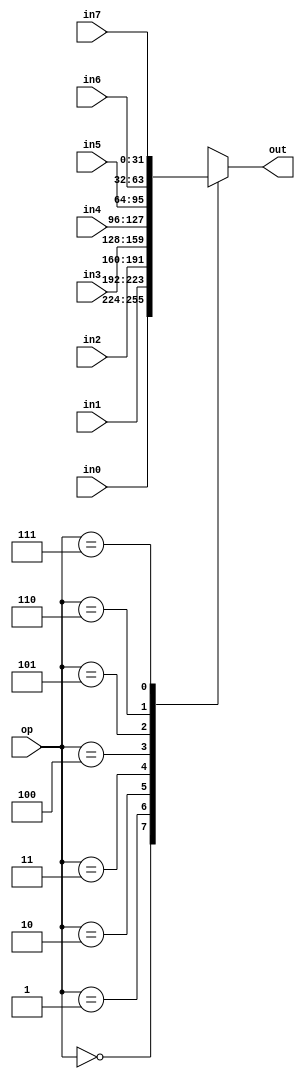
`timescale 1ns / 1ps
//////////////////////////////////////////////////////////////////////////////////
// Company: 
// Engineer: 
// 
// Design Name: 
// Module Name:    mux 
// Project Name: 
// Target Devices: 
// Tool versions: 
// Description: 
//
// Dependencies: 
//
// Revision: 
// Revision 0.01 - File Created
// Additional Comments: 
//
//////////////////////////////////////////////////////////////////////////////////
module mux3op(in0,in1,in2,in3,in4,in5,in6,in7,op,out
    );
input [31:0] in0,in1,in2,in3,in4,in5,in6,in7;
input [2:0]op;
output reg [31:0] out;
always @(*)
begin
	case(op)
		3'b000:out=in0;
		3'b001:out=in1;
		3'b010:out=in2;
		3'b011:out=in3;
		3'b100:out=in4;
		3'b101:out=in5;
		3'b110:out=in6;
		3'b111:out=in7;
	endcase
end
endmodule

module mux2op(in0,in1,in2,in3,op,out);
input [31:0]in0,in1,in2,in3;
input [1:0]op;
output reg [31:0]out;
always @(*)
begin
	case(op)
		2'b00:out=in0;
		2'b01:out=in1;
		2'b10:out=in2;
		2'b11:out=in3;
	endcase
end
endmodule

module mux1op(in0,in1,op,out);
input [31:0]in0,in1;
input op;
output [31:0]out;
assign out=op?in1:in0;
endmodule